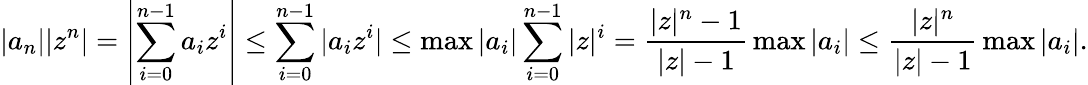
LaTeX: |a_{n}||z^{n}|=\left|\sum_{i=0}^{n-1}a_{i}z^{i}\right|\leq\sum_{i=0}^{n-1}|a_{i}z^{i}|\leq\operatorname*{max}|a_{i}|\sum_{i=0}^{n-1}|z|^{i}={\frac{|z|^{n}-1}{|z|-1}}\operatorname*{max}|a_{i}|\leq{\frac{|z|^{n}}{|z|-1}}\operatorname*{max}|a_{i}|.